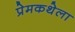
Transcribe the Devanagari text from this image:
प्रेमकथेला